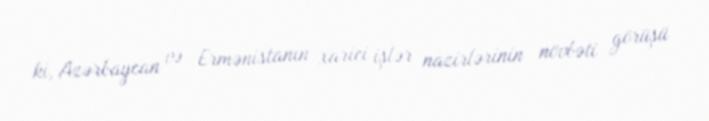
ki, Azərbaycan və Ermənistanın xarici işlər nazirlərinin növbəti görüşü